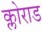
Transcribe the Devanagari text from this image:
क्लोराड